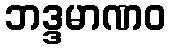
ဘဒ္ဒမာဏဝ